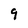
Character: 9